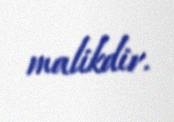
malikdir.